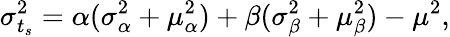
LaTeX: \sigma_{t_{s}}^{2}=\alpha(\sigma_{\alpha}^{2}+\mu_{\alpha}^{2})+\beta(\sigma_{\beta}^{2}+\mu_{\beta}^{2})-\mu^{2},